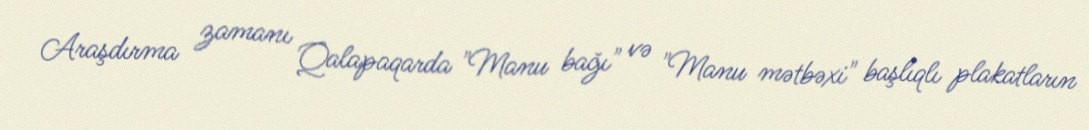
Araşdırma zamanı Qalapaqarda "Manu bağı" və "Manu mətbəxi" başlıqlı plakatların